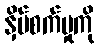
နှိပ်စက်မှုကို